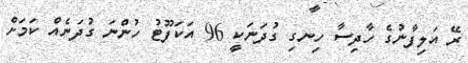
ރޭ އަލިފާނުގެ ހާދިސާ ހިނގި ގުދަނަކީ 96 އަކަފޫޓު ހުންނަ ގުދަނެއް ކަމަށް